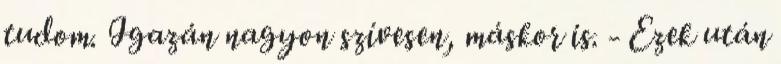
tudom. Igazán nagyon szívesen, máskor is. - Ezek után